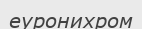
еуронихром